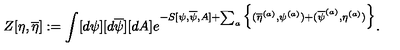
Z [ \eta , \overline { { \eta } } ] : = \int [ d \psi ] [ d \overline { { \psi } } ] [ d A ] e ^ { - S [ \psi , \overline { { \psi } } , A ] + \sum _ { a } \Big \{ ( \overline { { \eta } } ^ { ( a ) } , \psi ^ { ( a ) } ) + ( \overline { { \psi } } ^ { ( a ) } , \eta ^ { ( a ) } ) \Big \} } .